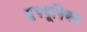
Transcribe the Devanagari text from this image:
ग्रुपयूनियन